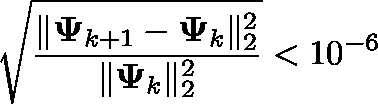
\sqrt { \frac { \lVert \mathbf { \Psi } _ { k + 1 } - \mathbf { \Psi } _ { k } \rVert _ { 2 } ^ { 2 } } { \lVert \mathbf { \Psi } _ { k } \rVert _ { 2 } ^ { 2 } } } < 1 0 ^ { - 6 }